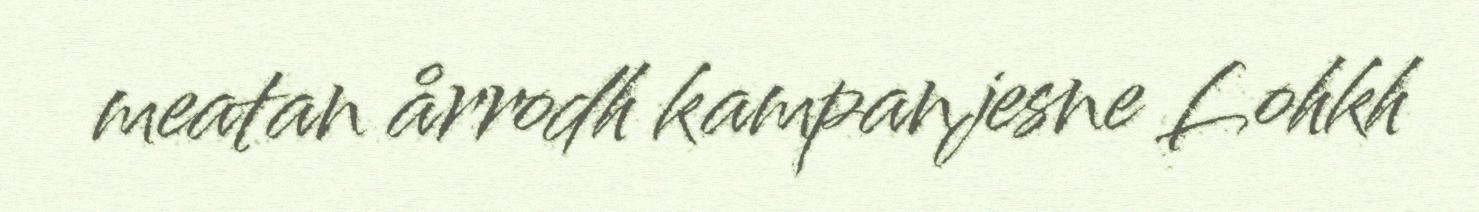
meatan årrodh kampanjesne Lohkh